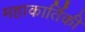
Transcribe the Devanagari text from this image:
महाकार्तिकी